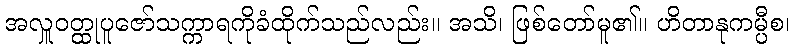
အလှူဝတ္ထုပူဇော်သက္ကာရကိုခံထိုက်သည်လည်း။ အသိ၊ ဖြစ်တော်မူ၏။ ဟိတာနုကမ္ပီစ၊